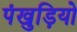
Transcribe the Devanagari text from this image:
पंखुड़ियो